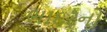
ભાદરનો